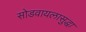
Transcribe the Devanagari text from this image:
सोडवायलासुद्धा